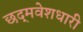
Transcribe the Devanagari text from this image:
छद्‍मवेशधारी